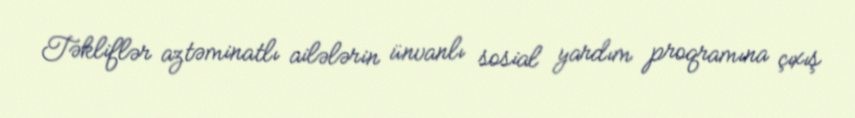
Təkliflər aztəminatlı ailələrin ünvanlı sosial yardım proqramına çıxış